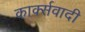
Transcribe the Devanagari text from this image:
कार्क्सवादी